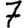
Digit: 7